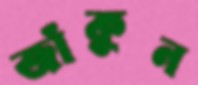
জাঁকুন